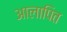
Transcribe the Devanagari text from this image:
आलापित